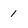
Character: 1